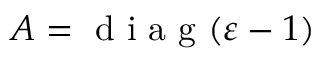
A = \mathrm { ~ d ~ i ~ a ~ g ~ } ( \varepsilon - 1 )